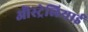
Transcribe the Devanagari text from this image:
ऒस्ट्रेलियाई